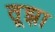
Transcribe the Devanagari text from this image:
तूझा